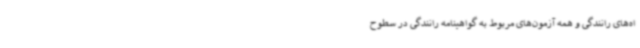
اه‌های رانندگی و همه آزمون‌های مربوط به گواهینامه رانندگی در سطوح